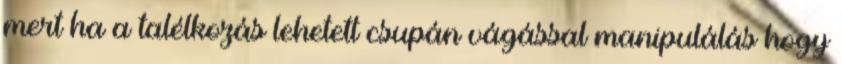
mert ha a talélkozás lehetett csupán vágással manipulálás hogy